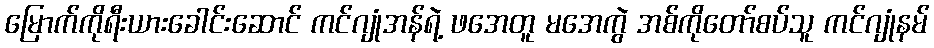
မြောက်ကိုရီးယားခေါင်းဆောင် ကင်ဂျုံအန်ရဲ့ ဖအေတူ မအေကွဲ အစ်ကိုတော်စပ်သူ ကင်ဂျုံနမ်